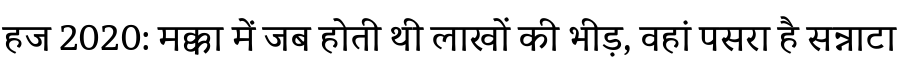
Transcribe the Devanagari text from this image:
हज 2020: मक्का में जब होती थी लाखों की भीड़, वहां पसरा है सन्नाटा